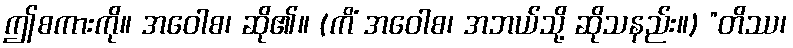
ဤစကားကို။ အဝေါစ၊ ဆို၏။ (ကိံ အဝေါစ၊ အဘယ်သို့ ဆိုသနည်း။) ”တိဿ၊